Vaccination United Provinces of Agra and Oudh 1923-1928 - 1923-1928
Year: 1923
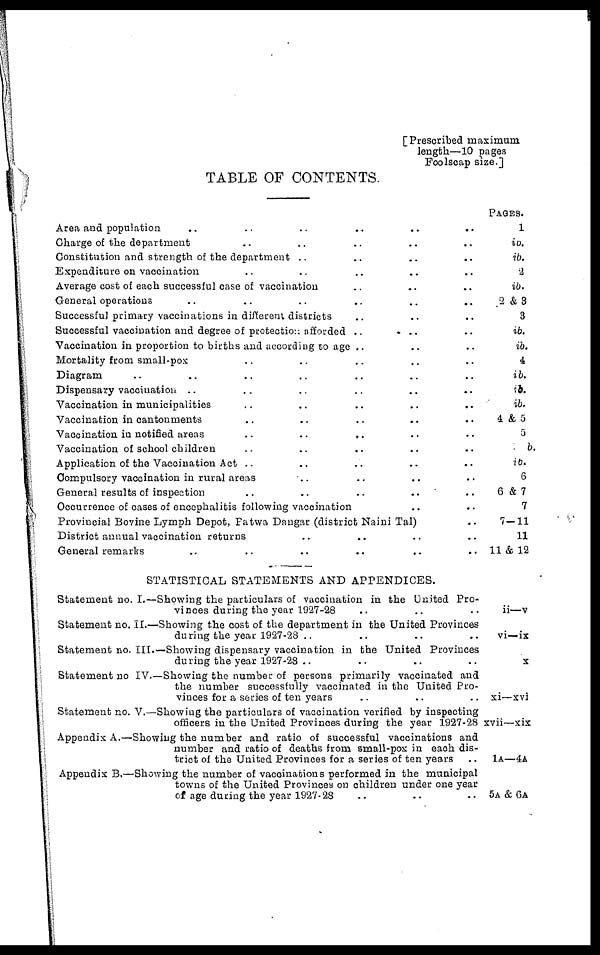
[Prescribed maximum
length—10 pages
Foolscap size.]
TABLE OF CONTENTS.
Area and population .. .. .. ..
Charge of the department .. .. ..
Constitution and strength of the department .. .. .. .. .. ..
Expenditure on vaccination .. .. .. .. .. ..
Average cost of each successful case of vaccination .. .. .. .. ..
General operations .. .. .. .. .. ..
Successful primary vaccinations in different districts .. .. .. ..
Successful vaccination and degree of protection afforded .. .. .. ..
Vaccination in proportion to births and according to age .. .. .. ..
Mortality from small-pox .. ..
Diagram .. .. .. .. ..
Dispensary vaccination .. .. .. ..
Vaccination in municipalities .. .. .. .. ..
Vaccination in cantonments .. .. .. .. ..
Vaccination in notified areas .. .. .. ..
Vaccination of school children .. .. ..
Application of the Vaccination Act .. .. .. .. ..
Compulsory vaccination in rural areas .. .. .. .. ..
General results of inspection .. .. .. .. .. ..
Occurrence of cases of encephalitis following vaccination .. ..
Provincial Bovine Lymph Depot, Patwa Dangar (district Naini Tal) ..
District annual vaccination returns .. .. ..
General remarks .. .. .. ..
PAGES.
1
ib.
ib.
2
ib.
2 &3
3
ib.
ib.
4
ib.
ib.
ib.
4 & 5
5
b.
ib.
6
6 & 7
7
7-11
11
11 & 12
STATISTICAL STATEMENTS AND APPENDICES.
Statement no. I.—Showing the particulars of vaccination in the United Pro-
vinces during the year 1927-28 .. .. .. ..
Statement no. II.—Showing the cost of the department in the United Provinces
during the year 1927-28 .. .. .. ..
Statement no. III.—Showing dispensary vaccination in the United Provinces
during the year 1927-28 .. .. ..
Statement no IV.—Showing the number of persons primarily vaccinated and
the number successfully vaccinated in the United Pro-
vinces for a series of ten years .. .. ..
Statement no. V.—Showing the particulars of vaccination verified by inspecting
officers in the United Provinces during the year 1927-28
Appendix A.—Showing the number and ratio of successful vaccinations and
number and ratio of deaths from small-pox in each dis-
trict of the United Provinces for a series of ten years ..
Appendix B.—Showing the number of vaccinations performed in the municipal
towns of the United Provinces on children under one year
of age during the year 1927-28 .. .. ..
ii—v
vi—ix
x
xi—xvi
xvii—xix
1A—4A
5A & GA